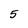
Character: 5